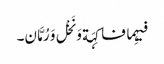
فیہِما فاکِہَة وَ نَخْل وَ رُمَّان۔